Indian journal of veterinary science and animal husbandry - Volume 1,
Year: 1931
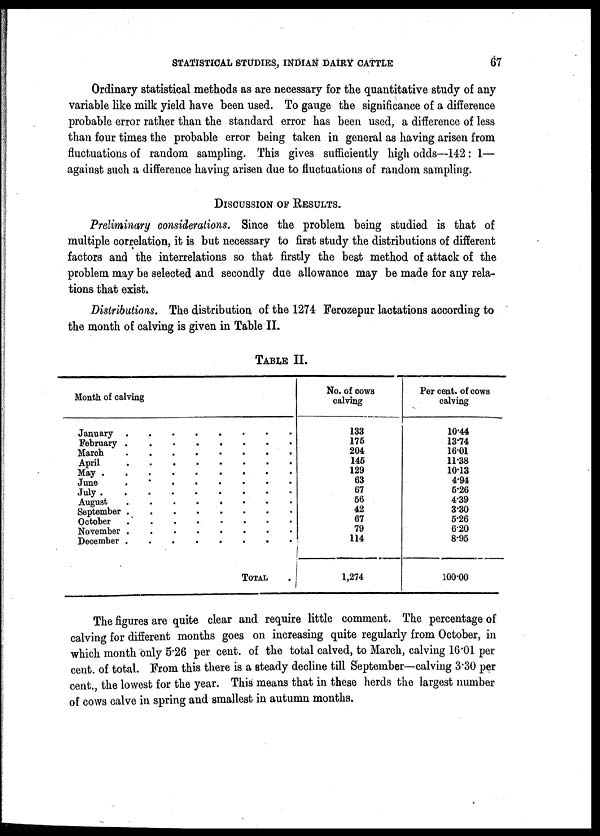
67
Ordinary statistical methods as are necessary for the quantitative study of any
variable like milk yield have been used. To gauge the significance of a difference
probable error rather than the standard error has been used, a difference of less
than four times the probable error being taken in general as having arisen from
fluctuations of random sampling. This gives sufficiently high odds—142 : 1—
against such a difference having arisen due to fluctuations of random sampling.
DISCUSSION OF RESULTS.
Preliminary considerations. Since the problem being studied is that of
multiple correlation, it is but necessary to first study the distributions of different
factors and the interrelations so that firstly the best method of attack of the
problem may be selected and secondly due allowance may be made for any rela-
tions that exist.
Distributions. The distribution of the 1274 Ferozepur lactations according to
the month of calving is given in Table II.
TABLE II.
Month of calving
January
February
March
April
May .
June
July .
August
September
October
November
December
.
.
.
.
.
.
.
.
.
.
.
.
.
.
.
.
.
.
.
.
.
.
.
.
.
.
.
.
.
.
.
.
.
.
.
.
.
.
.
.
.
.
.
.
.
.
.
.
.
.
.
.
.
.
.
.
.
.
.
.
.
.
.
.
.
.
.
.
.
.
.
.
.
.
.
.
.
.
.
.
.
.
.
.
.
.
.
.
.
.
.
.
.
.
.
.
TOTAL
No. of cows
calving
133
175
204
145
129
63
67
56
42
67
79
114
1,274
Per cent. of cows
calving
10.44
13.74
16.01
11.38
10.13
4.94
5.26
4.39
3.30
5.26
6.20
8.95
100.00
The figures are quite clear and require little comment. The percentage of
calving for different months goes on increasing quite regularly from October, in
which month only 5.26 per cent. of the total calved, to March, calving 16.01 per
cent. of total. From this there is a steady decline till September—calving 3.30 per
cent., the lowest for the year. This means that in these herds the largest number
of cows calve in spring and smallest in autumn months.